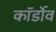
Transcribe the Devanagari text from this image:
कॉर्डोव